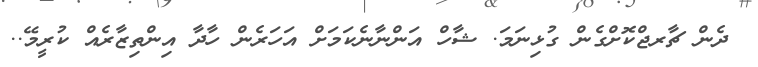
ދެން ޗާރޖްކޮށްގެން ގުޅިނަމަ. ޝާހް އަންނާނެކަމަށް އަހަރެން ހާދާ އިންތިޒާރެއް ކުރީމޭ..